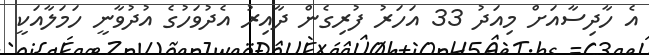
އެ ހާދިސާއަށް މިއަދު 33 އަހަރު ފުރިގެން ދާއިރު އެދުވަހުގެ އުދުވާނީ ހަމަލާއަކީ